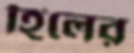
হিলের